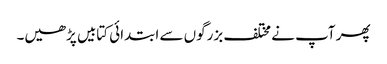
پھر آپ نے مختلف بزرگوں سے ابتدائی کتابیں پڑھیں۔